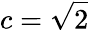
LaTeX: c=\sqrt{2}